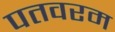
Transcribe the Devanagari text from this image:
पतवरम